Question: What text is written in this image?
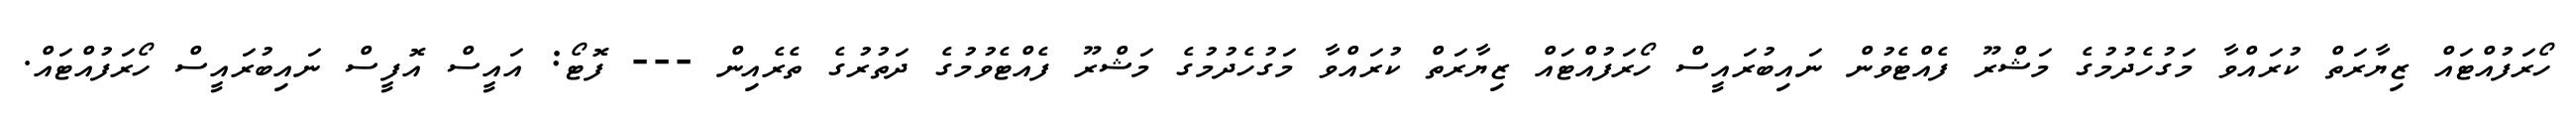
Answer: ހޯރަފުއްޓައް ޒިޔާރަތް ކުރައްވާ މަގުހެދުމުގެ މަޝްރޫ ފެއްޓެވުން ނައިބުރައީސް ހޯރަފުއްޓައް ޒިޔާރަތް ކުރައްވާ މަގުހެދުމުގެ މަޝްރޫ ފެއްޓެވުމުގެ ދަތުރުގެ ތެރެއިން --- ފޮޓޯ: އައީސް އޮފީސް ނައިބުރައީސް ހޯރަފުއްޓައް.